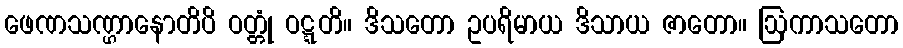
ဖေဏသဏ္ဌာနောတိပိ ဝတ္တုံ ဝဋ္ဋတိ။ ဒိသတော ဥပရိမာယ ဒိသာယ ဇာတော။ ဩကာသတော